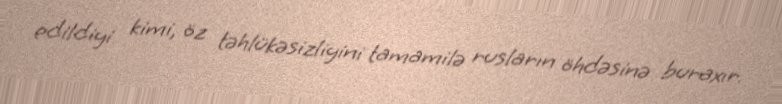
edildiyi kimi, öz təhlükəsizliyini tamamilə rusların öhdəsinə buraxır.